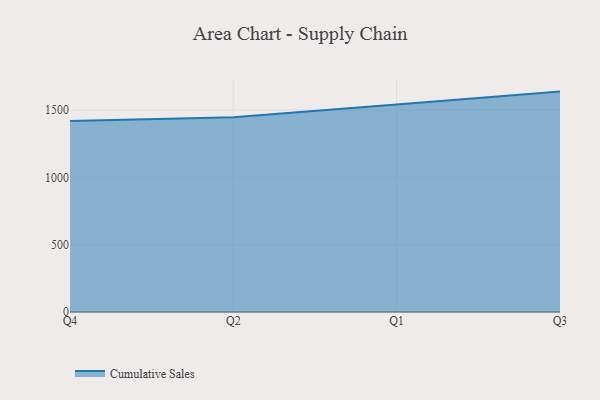
{"axis": {"x": "Quarter", "y": "Shipments"}, "legend": ["Cumulative Sales"], "data": [{"x": "Q4", "y": 1417.7, "type": "Cumulative Sales"}, {"x": "Q2", "y": 1445.4, "type": "Cumulative Sales"}, {"x": "Q1", "y": 1541.4, "type": "Cumulative Sales"}, {"x": "Q3", "y": 1636.8, "type": "Cumulative Sales"}]}